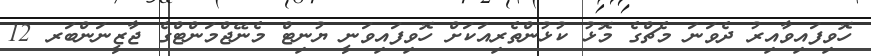
ހޮވިފައިވާއިރު ދެވަނަ މެޗްގެ މޮޅު ކުޅުންތެރިއަކަށް ހޮވިފައިވަނީ ޔުނިޓް މެނޭޖްމަންޓްގެ ޖާޒީނަންބަރ 12